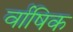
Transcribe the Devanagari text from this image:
र्वाषिक